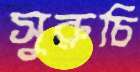
সুরুচি